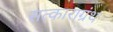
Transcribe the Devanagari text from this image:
सत्काराग्रंथ